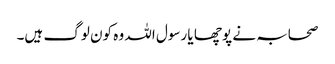
صحابہ نے پوچھا یا رسول اللہ وہ کون لوگ ہیں۔